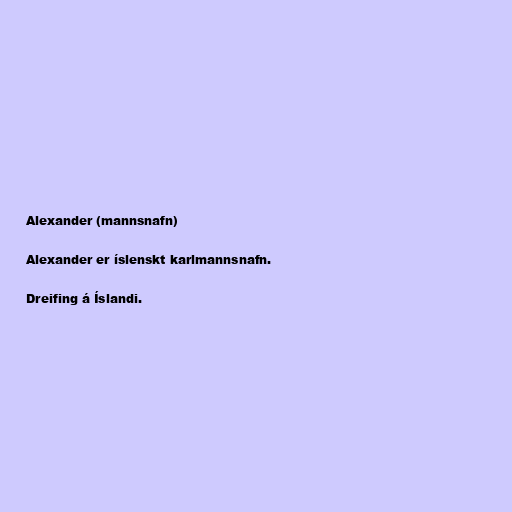
Alexander (mannsnafn)

Alexander er íslenskt karlmannsnafn.

Dreifing á Íslandi.